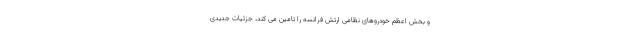
و بخش اعظم خودروهای نظامی ارتش فرانسه را تامین می کند، جزئیات جدیدی